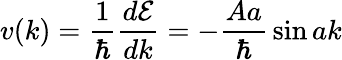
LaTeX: v(k)={\frac{1}{\hbar}}{\frac{d{\mathcal{E}}}{dk}}=-{\frac{Aa}{\hbar}}\sin{ak}